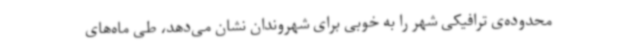
محدوده‌ی ترافیکی شهر را به خوبی برای شهروندان نشان می‌دهد، طی ماه‌های